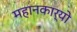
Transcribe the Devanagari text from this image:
महानकार्यो